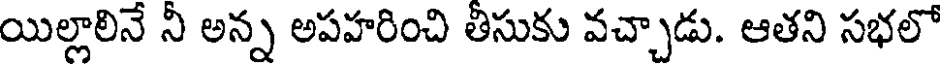
యిల్లాలినే నీ అన్న అపహరించి తీసుకు వచ్చాడు. ఆతని సభలో